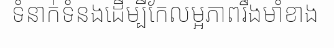
ទំនាក់ទំនងដើម្បីកែលម្អភាពរឹងមាំខាង